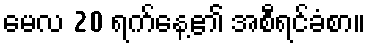
မေလ 20 ရက်နေ့၏ အစီရင်ခံစာ။